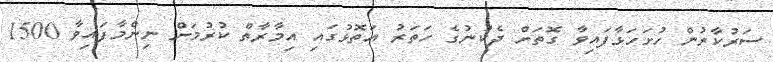
ސަރުކާރުން ހުށަހަޅާފައިވާ ގޮތަށް ދެކުނުގެ ހަތަރު އަތޮޅުގައި އިމާރާތް ކުރުމަށް ނިންމާފައިވާ 1500